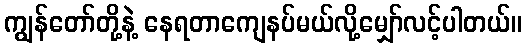
ကျွန်တော်တို့နဲ့ နေရတာကျေနပ်မယ်လို့မျှော်လင့်ပါတယ်။